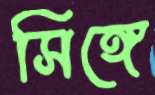
সিঙ্গে